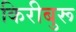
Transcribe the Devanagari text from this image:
किरीबुरू